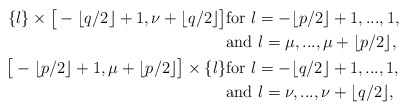
\begin{align*}\{l\}\times\big[-\lfloor q/2\rfloor+1,\nu+\lfloor q/2\rfloor\big]&\hbox{for}\,\, l=-\lfloor p/2\rfloor+1,...,1,\\&\hbox{and}\,\, l=\mu,...,\mu+\lfloor p/2\rfloor,\\\big[-\lfloor p/2\rfloor+1,\mu+\lfloor p/2\rfloor\big]\times\{l\}&\hbox{for}\,\, l=-\lfloor q/2\rfloor+1,...,1,\\&\hbox{and}\,\, l=\nu,...,\nu+\lfloor q/2\rfloor,\\\end{align*}